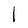
Character: l